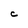
Character: c